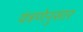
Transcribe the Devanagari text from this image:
यंत्रणेनुसार